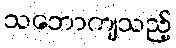
သဘောကျသည့်